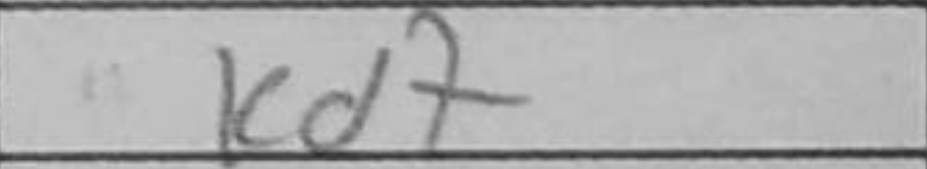
Transcription: Kd7